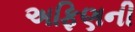
અફિણની